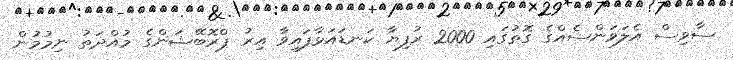
ސާވިސް އެލަވަންސެއްގެ ގޮތުގައި 2000 ރުފިޔާ ކަނޑައަޅާފައިވާ އިރު ޕްރޮބޭޝަންގެ މުއްދަތު ނިމުމުން